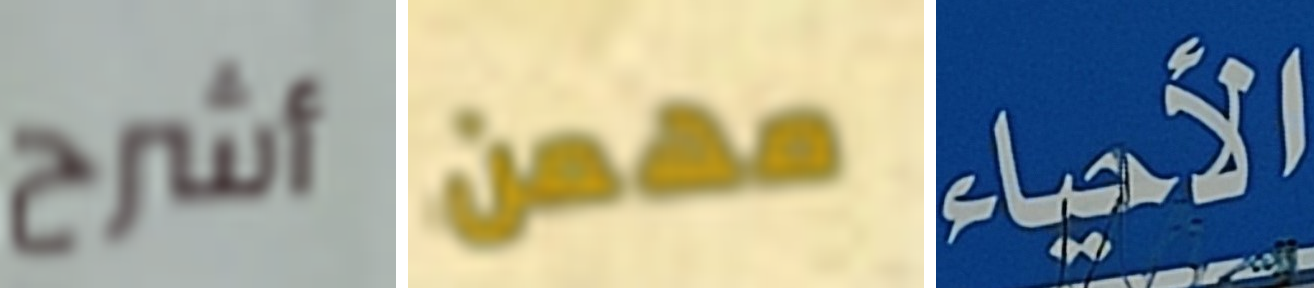
أشرح مهمن الأحياء